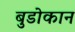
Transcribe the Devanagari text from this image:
बुडोकान